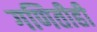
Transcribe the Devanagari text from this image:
गणितीही